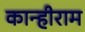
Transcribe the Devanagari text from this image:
कान्हीराम